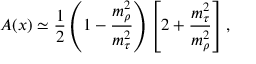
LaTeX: A ( x ) \simeq { \frac { 1 } { 2 } } \left( 1 - { \frac { m _ { \rho } ^ { 2 } } { m _ { \tau } ^ { 2 } } } \right) \left[ 2 + { \frac { m _ { \tau } ^ { 2 } } { m _ { \rho } ^ { 2 } } } \right] ,